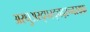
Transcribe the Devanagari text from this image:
अस्धुअस्द्पस्द्चद्स्च्नस्द्फ्